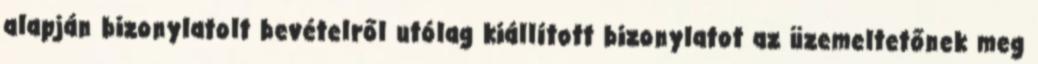
alapján bizonylatolt bevételről utólag kiállított bizonylatot az üzemeltetőnek meg